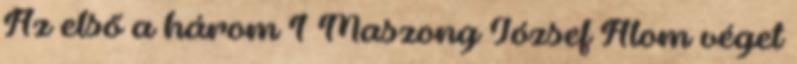
Az első a három 1 Maszong József Álom véget